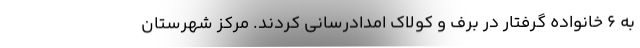
به ۶ خانواده گرفتار در برف و کولاک امدادرسانی کردند. مرکز شهرستان